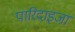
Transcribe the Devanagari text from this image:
पारिदाइजा़